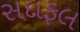
સદાફલ